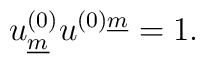
u^{(0)}_{\underline{m}} u^{(0)\underline{m}} = 1.